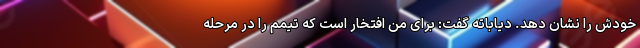
خودش را نشان دهد. دیاباته گفت:‌ برای من افتخار است که تیمم را در مرحله